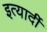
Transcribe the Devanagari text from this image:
इत्यार्दी